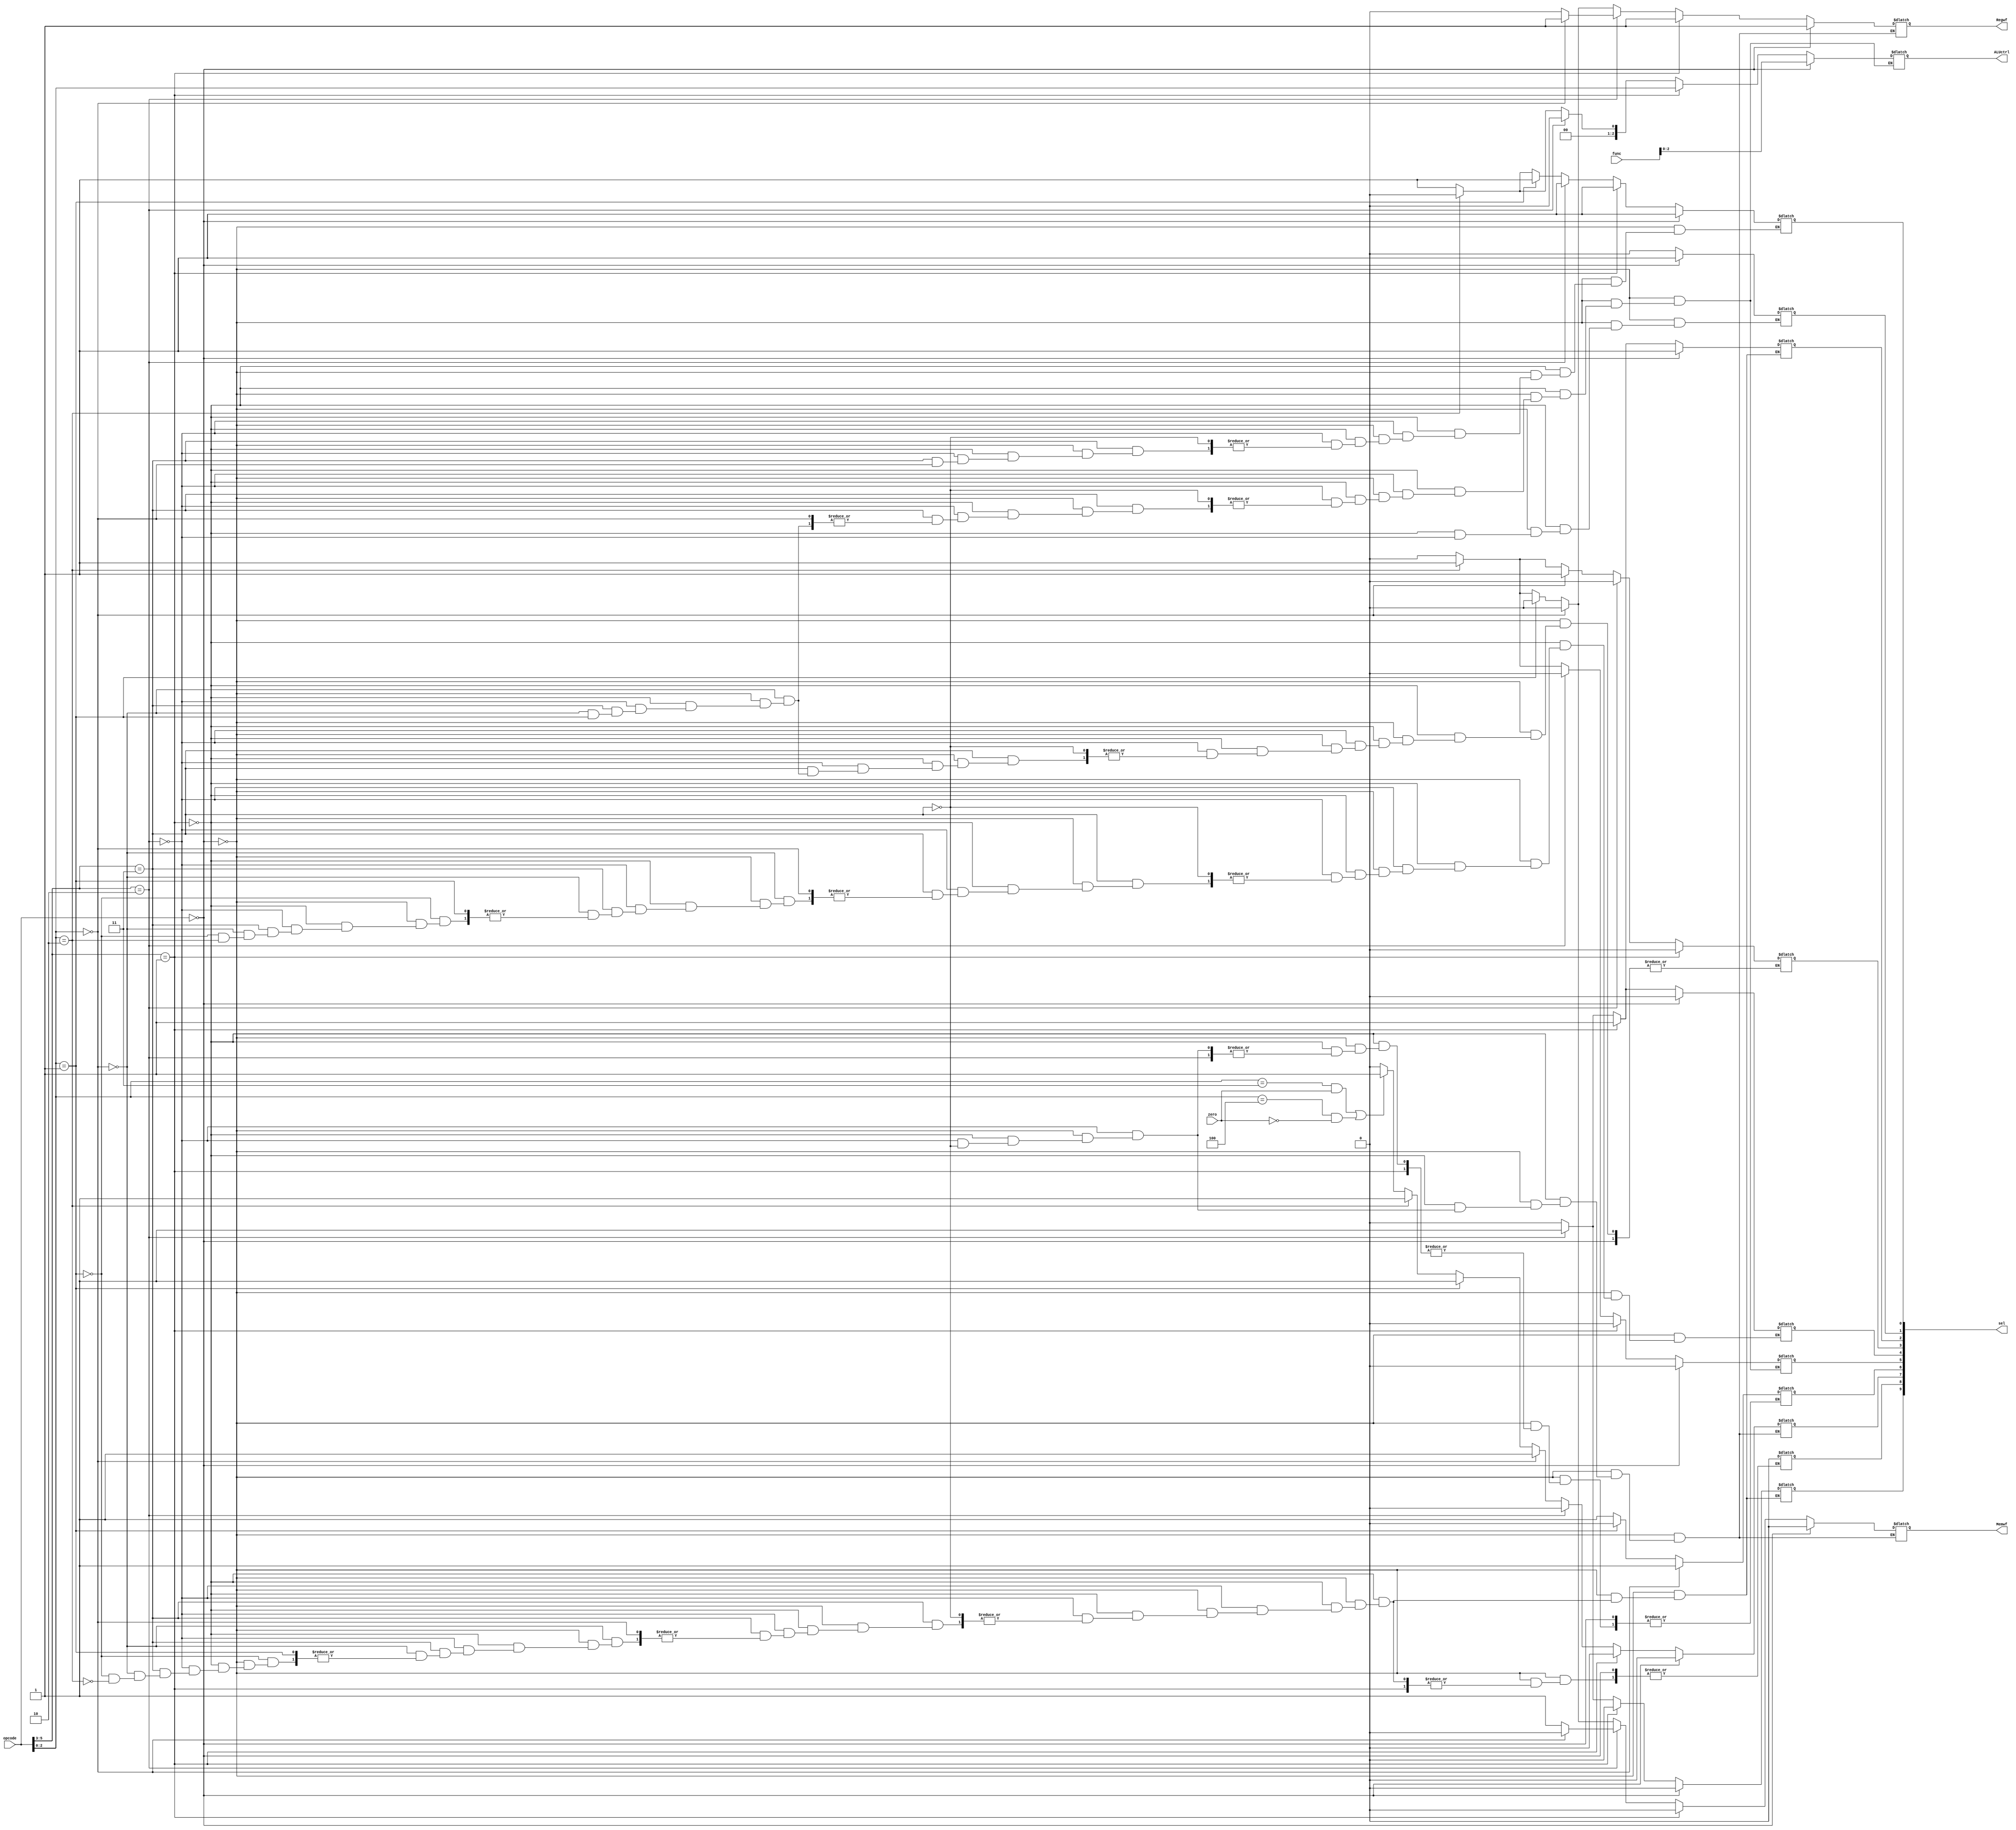
module Controller(input [5:0]opcode,input [5:0]func,input zero,output reg Regwf,output reg Memwf,output reg [2:0]ALUctrl,output reg [9:0]sel);
  always@(opcode,func,zero)begin
    if(opcode==6'b000000)begin
      Regwf=1;
      Memwf=0;
      ALUctrl=func[2:0];
      sel[0]=1;
      sel[1]=1;
      sel[2]=1;
      sel[4]=0;
      sel[5]=0;
      sel[7]=0;
      sel[9]=0;
    end
    else if(opcode[5:3]==3'b001)begin
      Regwf=1;
      Memwf=0;
      ALUctrl=opcode[2:0];
      sel[0]=1;
      sel[1]=0;
      sel[2]=1;
      sel[3]=0;
      sel[4]=1;
      sel[5]=0;
      sel[7]=0;
      sel[9]=0;
    end
    else if(opcode[5:3]==3'b010)begin
      ALUctrl=3'b000;
      if(opcode[2:0]==3'b000)begin
        Regwf=1;
        Memwf=0;
      end
      else begin
        Regwf=0;
        Memwf=1;
      end
      sel[0]=1;
      sel[1]=0;
      sel[2]=1;
      sel[3]=0;
      sel[4]=1;
      sel[5]=0;
      sel[7]=0;
      sel[8]=0;
      sel[9]=1;
    end
    else if(opcode[5:3]==3'b011)begin
      if(opcode[2:0]==3'b000)begin
        Regwf=0;
        Memwf=0;
        sel[3]=1;
        sel[6]=1;
        sel[7]=1;
      end
      else if(opcode[2:0]==3'b001)begin
        Regwf=0;
        Memwf=0;
        sel[0]=1;
        sel[6]=0;
        sel[7]=1;
      end
      else if(opcode[2:0]==3'b010)begin
        Regwf=1;
        Memwf=1;
        ALUctrl=3'b000;
        sel[0]=0;
        sel[2]=0;
        sel[3]=1;
        sel[5]=1;
        sel[6]=1;
        sel[7]=1;
        sel[8]=0;
        sel[9]=0;
      end
      else begin
        Regwf=0;
        Memwf=0;
        ALUctrl=3'b001;
        sel[0]=1;
        sel[3]=0;
        sel[4]=0;
        sel[5]=0;
        sel[6]=1;
        if((opcode[2:0]==3'b011 && zero==1) || (opcode[2:0]==3'b100 && zero==0))
          sel[7]=1;
        else
          sel[7]=0;
      end
    end
  end
endmodule